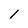
Character: l